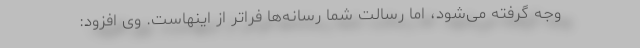
وجه گرفته می‌شود، اما رسالت شما رسانه‌ها فراتر از اینهاست. وی افزود: